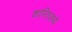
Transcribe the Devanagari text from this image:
शान्तिजप्ये